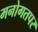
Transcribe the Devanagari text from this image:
मनोगतपर